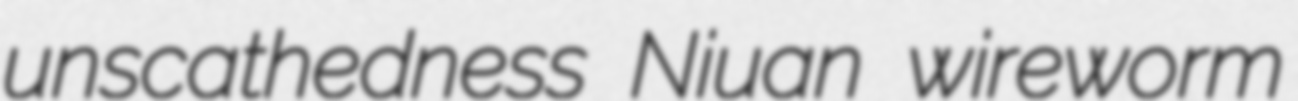
unscathedness Niuan wireworm